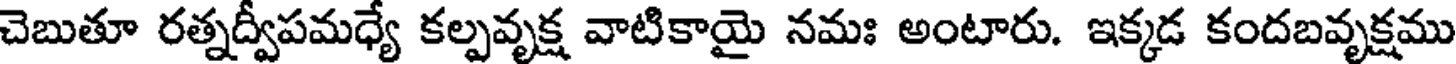
చెబుతూ రత్నద్వీపమధ్యే కల్పవృక్ష వాటికాయై నమః అంటారు. ఇక్కడ కందబవృక్షము